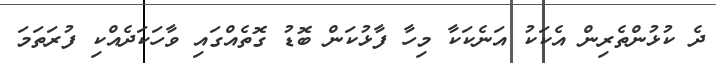
ދެ ކުޅުންތެރިން އެކަކު އަނެކަކާ މިހާ ފާޅުކަން ބޮޑު ގޮތެއްގައި ވާހަަކަދެއްކި ފުރަތަމަ